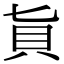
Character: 𧴦